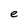
Character: e